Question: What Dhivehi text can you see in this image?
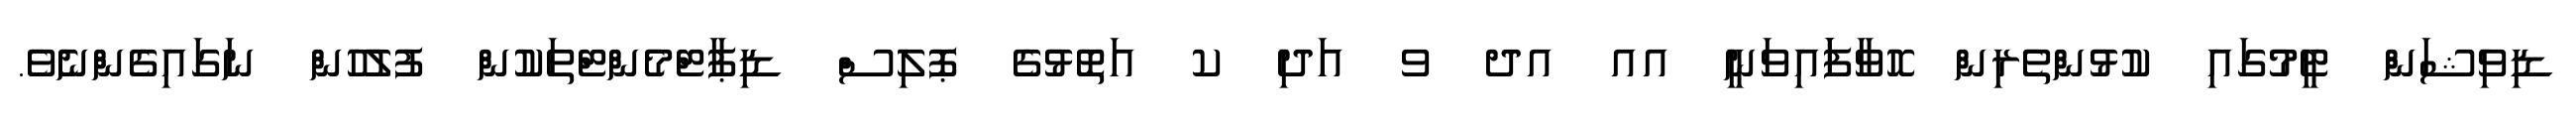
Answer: ޑިވިޝަންް ޓީމުގައި ކުޅުންތެރިން ހޮވާފަައިވަނީ އއ އދ ވ އަދި ކ އަތޮޅުގެ ޕޮލިސް ޑިޕާޓްމެންޓްތަކުން ފުލުހުން ނަގައިގެންްނެވެ.